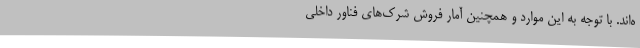
ه‌اند. با توجه به این موارد و همچنین آمار فروش‌ شرک‌های فناور داخلی